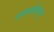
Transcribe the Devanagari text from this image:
यमधर्मापासून